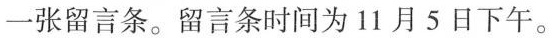
一张留言条。留言条时间为11月5日下午。